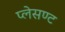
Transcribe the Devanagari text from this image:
प्लेसण्ट